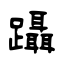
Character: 躡